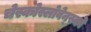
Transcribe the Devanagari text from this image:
चेस्कोस्लोवेन्स्को